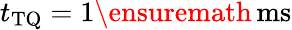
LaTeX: t_{\mathrm{TQ}}=1\ensuremath{\, \mathrm{ms}}